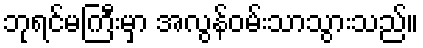
ဘုရင်မကြီးမှာ အလွန်ဝမ်းသာသွားသည်။